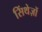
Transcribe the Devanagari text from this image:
सिंथेज़ों